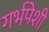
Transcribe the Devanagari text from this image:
गर्भपेशी